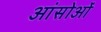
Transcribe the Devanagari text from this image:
आंसोओं